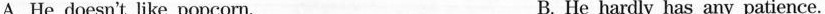
A. He doesn't like popcorn. B. He hardly has any patience.